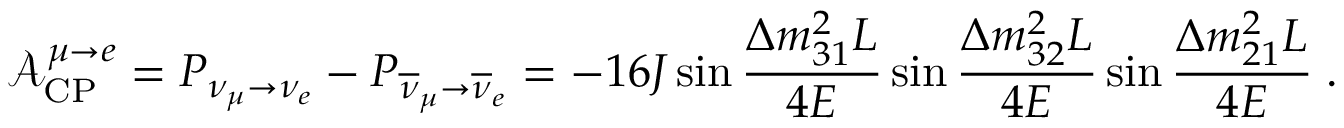
\mathcal { A } _ { \mathrm { C P } } ^ { \mu \rightarrow e } = P _ { \nu _ { \mu } \rightarrow \nu _ { e } } - P _ { \overline { { \nu } } _ { \mu } \rightarrow \overline { { \nu } } _ { e } } = - 1 6 J \sin \frac { \Delta m _ { 3 1 } ^ { 2 } L } { 4 E } \sin \frac { \Delta m _ { 3 2 } ^ { 2 } L } { 4 E } \sin \frac { \Delta m _ { 2 1 } ^ { 2 } L } { 4 E } \; .